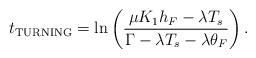
LaTeX: \begin{align*}t_{\rm TURNING}=\ln\left(\frac{\mu K_1h_F-\lambda T_s}{\Gamma-\lambda T_s-\lambda \theta_F}\right).\end{align*}